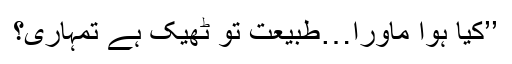
’’کیا ہوا ماورا…طبیعت تو ٹھیک ہے تمہاری؟